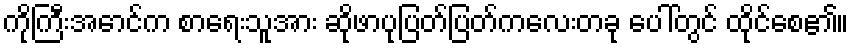
ကိုကြီးအောင်က စာရေးသူအား ဆိုဖာပုပြတ်ပြတ်ကလေးတခု ပေါ်တွင် ထိုင်စေ၏။